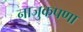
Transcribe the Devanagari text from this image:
नाजुकपणा